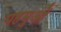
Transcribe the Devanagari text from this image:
पहमुओं